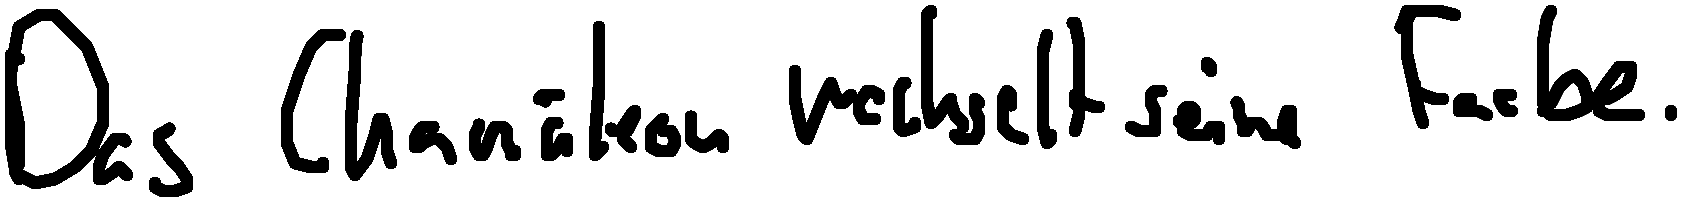
Das Chamäleon wechselt seine Farbe.